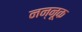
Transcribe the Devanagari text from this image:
नन्नूक